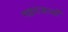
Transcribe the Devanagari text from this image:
महराजाओं